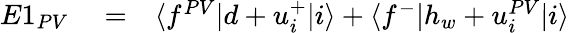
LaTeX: \begin{array}{rlr}{E1_{PV}}&{{}=}&{\langle f^{PV}|d+u_{i}^{+}|i\rangle+\langle f^{-}|h_{w}+u_{i}^{PV}|i\rangle}\end{array}